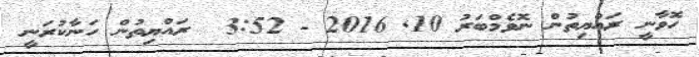
ހޮވާނީ ރައްޔިތުން ނޮވެމްބަރު 10